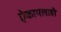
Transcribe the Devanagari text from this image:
ऐकायलाही